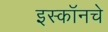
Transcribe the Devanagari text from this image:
इस्कॉनचे